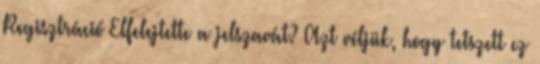
Regisztráció Elfelejtette a jelszavát? Azt véljük, hogy tetszett ez